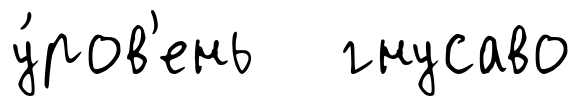
у́ров'ень гнусаво